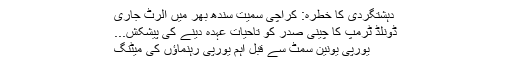
دہشتگردی کا خطرہ: کراچی سمیت سندھ بھر میں الرٹ جاری
ڈونلڈ ٹرمپ کا چینی صدر کو تاحیات عہدہ دینے کی پیشکش...
یورپی یونین سمٹ سے قبل اہم یورپی رہنماؤں کی میٹنگ